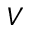
V